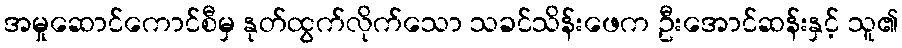
အမှုဆောင်ကောင်စီမှ နုတ်ထွက်လိုက်သော သခင်သိန်းဖေက ဦးအောင်ဆန်းနှင့် သူ၏